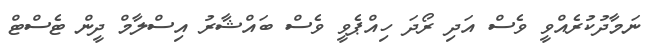
ނަމާދުކުރެއްވީ ވެސް އަދި ރޯދަ ހިއްޕެވީ ވެސް ބައްޝާރު އިސްލާމް ދީން ޓެސްޓް